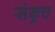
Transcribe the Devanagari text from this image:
संकूच